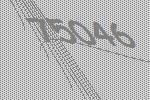
75046